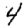
Digit: 4